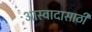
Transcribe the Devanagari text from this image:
आस्वादासाठी